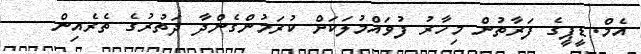
އެމް.ޑީޕީގެ ފަރާތުން މިހާރު ފުވައްމުލަކަށް ކުރަމުންގެންދާ ދަތުރުގެ ތެރެއިން